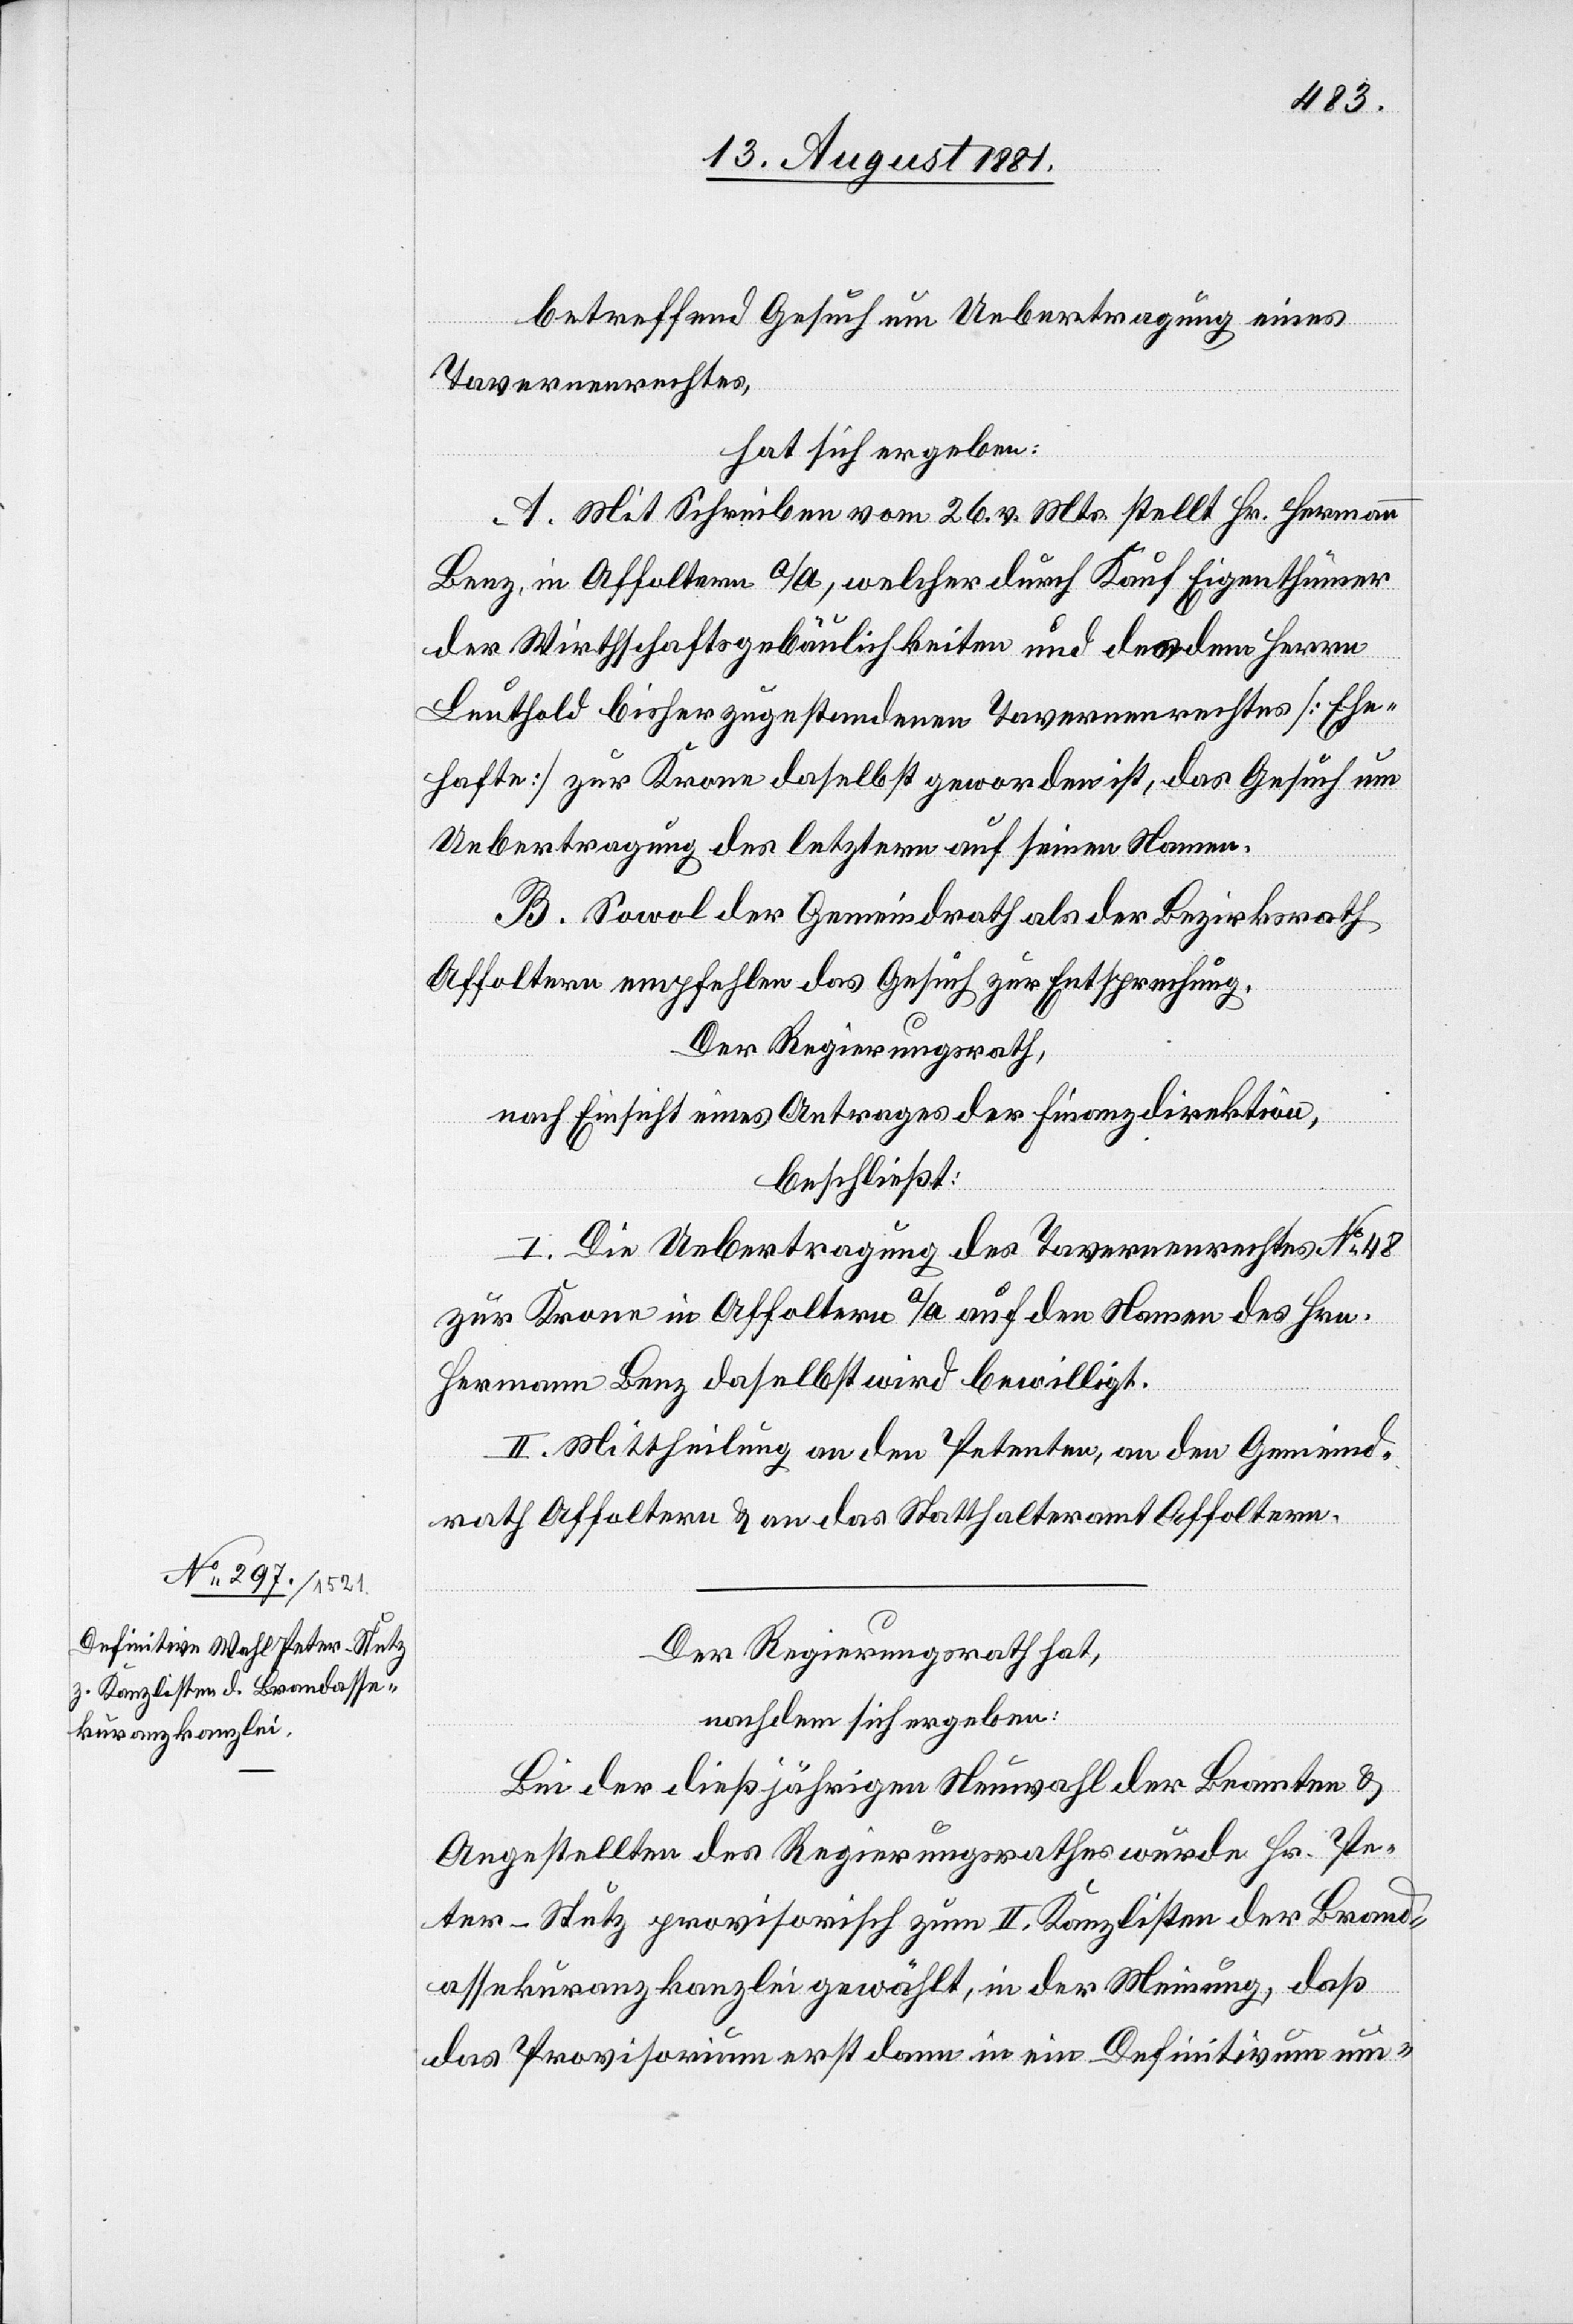
betreffend Gesuch um Uebertragung eines
Tavernenrechtes,
hat sich ergeben:
A. Mit Schreiben vom 26. v. Mts. stellt Hr. Hermann
Benz in Affoltern a/A., welcher durch Kauf Eigenthümer
der Wirthschaftsgebäulichkeiten und des dem Herrn
Leuthold bisher zugestandenen Tavernenrechtes [Ehe¬
hafte] zur Krone daselbst geworden ist, das Gesuch um
Uebertragung des letztern auf seinen Namen.
B. Sowol der Gemeindrath als der Bezirksrath
Affoltern empfehlen das Gesuch zur Entsprechung.
Der Regierungsrath,
nach Einsicht eines Antrages der Finanzdirektion,
beschließt:
I. Die Uebertragung des Tavernenrechtes No 48
zur Krone in Affoltern a/A. auf den Namen des Hrn.
Hermann Benz daselbst wird bewilligt.
II. Mittheilung an den Petenten, an den Gemeind¬
rath Affoltern & an das Statthalteramt Affoltern.
Der Regierungsrath hat,
nachdem sich ergeben:
Bei der dießjährigen Neuwahl der Beamten &
Angestellten des Regierungsrathes wurde Hr. Pe¬
ter-Stutz provisorisch zum II. Kanzlisten der Brand¬
assekuranzkanzlei gewählt, in der Meinung, daß
das Provisorium erst dann in ein Definitvum um-